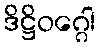
ဒိဋ္ဌိဝဂ္ဂေါ